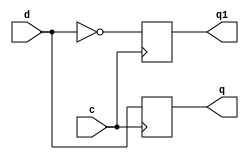
// Verilog code for D Flip Flop
module D_FlipFlop(q,q1,d,c);
	//inputs and outputs variables declaration
	output reg q,q1;
	input d,c;
	initial 
	begin
		   q=1'b0; q1=1'b0;
	end
	//Always block with inputs in the sensitivity list.
	always @ (posedge c)
	begin 
		 q=d;
		 q1= ~d;
	end
endmodule	// end of module d flip flop